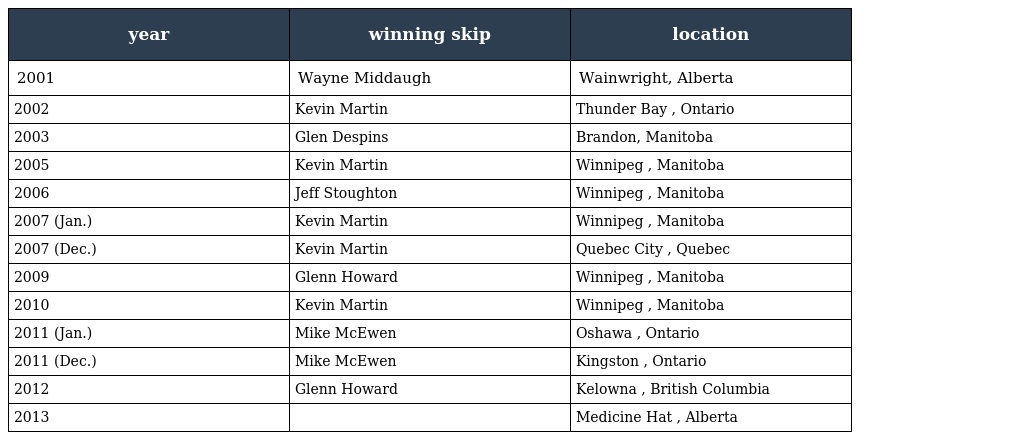
| year | winning skip | location |
 | --- | --- | --- |
 | 2001 | Wayne Middaugh | Wainwright, Alberta |
 | 2002 | Kevin Martin | Thunder Bay , Ontario |
 | 2003 | Glen Despins | Brandon, Manitoba |
 | 2005 | Kevin Martin | Winnipeg , Manitoba |
 | 2006 | Jeff Stoughton | Winnipeg , Manitoba |
 | 2007 (Jan.) | Kevin Martin | Winnipeg , Manitoba |
 | 2007 (Dec.) | Kevin Martin | Quebec City , Quebec |
 | 2009 | Glenn Howard | Winnipeg , Manitoba |
 | 2010 | Kevin Martin | Winnipeg , Manitoba |
 | 2011 (Jan.) | Mike McEwen | Oshawa , Ontario |
 | 2011 (Dec.) | Mike McEwen | Kingston , Ontario |
 | 2012 | Glenn Howard | Kelowna , British Columbia |
 | 2013 |  | Medicine Hat , Alberta |